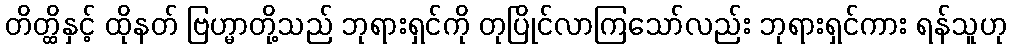
တိတ္ထိနှင့် ထိုနတ် ဗြဟ္မာတို့သည် ဘုရားရှင်ကို တုပြိုင်လာကြသော်လည်း ဘုရားရှင်ကား ရန်သူဟု